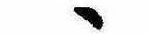
ゝ